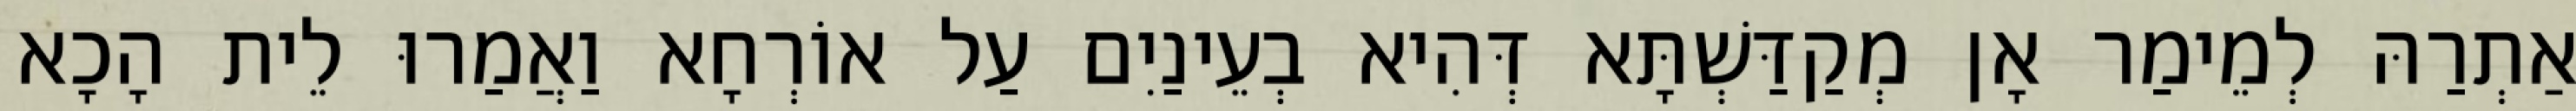
אַתְרַהּ לְמֵימַר אָן מְקַדַּשְׁתָּא דְּהִיא בְעֵינַיִם עַל אוֹרְחָא וַאֲמַרוּ לֵית הָכָא